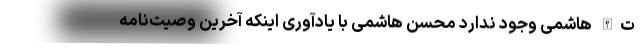
ت‌الله هاشمی وجود ندارد محسن هاشمی با یادآوری اینکه آخرین وصیت‌نامه